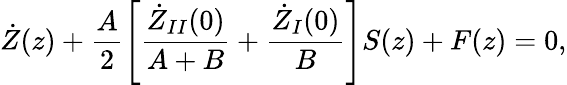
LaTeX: \dot{Z}(z)+\frac{A}{2}\left[\frac{\dot{Z}_{II}(0)}{A+B}+\frac{\dot{Z}_{I}(0)}{B}\right]S(z)+F(z)=0,